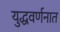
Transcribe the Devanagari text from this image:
युद्धवर्णनात